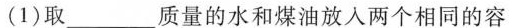
(1)取________质量的水和煤油放入两个相同的容